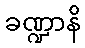
ခဏ္ဍာနိ